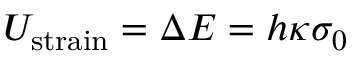
U _ { \mathrm { s t r a i n } } = \Delta E = h \kappa \sigma _ { 0 }